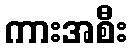
ကားအစီး